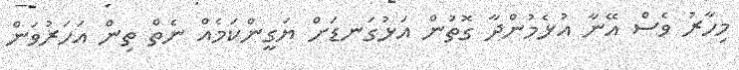
މިހާރު ވެސް އޭނާ އުޅެމުންދާ ގޮތުން އަޅުގަނޑަށް ޔަގީންކަމެއް ނެތް ތިން އަހަރުވަން